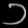
Digit: ၁